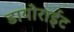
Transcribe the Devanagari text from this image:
डायोराईट